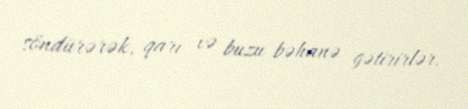
söndürərək, qarı və buzu bəhanə gətirirlər.